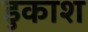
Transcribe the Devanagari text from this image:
डुकाश